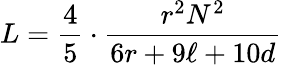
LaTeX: L={\frac{4}{5}}\cdot{\frac{r^{2}N^{2}}{6r+9\ell+10d}}